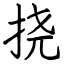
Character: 挠